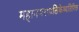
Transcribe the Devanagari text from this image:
महानगरपालिकेव्यतिरिक्त